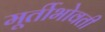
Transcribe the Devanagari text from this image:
मूर्तीभोवती